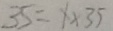
3 5 = 1 \times 3 5